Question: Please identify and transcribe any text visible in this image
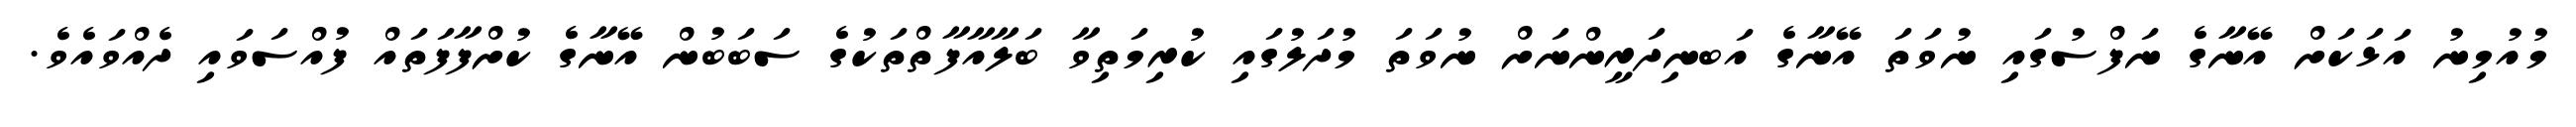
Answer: މުއުމިނު އަޅަކަށް އޭނާގެ ނަފްސުގައި ނުވަތަ އޭނާގެ އަބނިދަރީންނަށް ނުވަތަ މުދަލުގައި ކުރިމަތިވާ ބަލާއާފާތްތަކުގެ ސަބަބުން އޭނާގެ ކުށްފާފަތައް ފުއްސަވައި ދެއްވައެވެ.